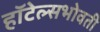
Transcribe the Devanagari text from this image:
हॉटेल्सभोवती